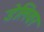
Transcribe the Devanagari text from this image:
डेलिवर